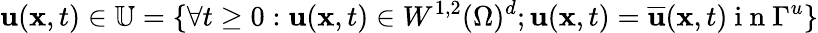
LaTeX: \mathbf{u}(\mathbf{x},t)\in\mathbb{U}=\lbrace\forall t\geq 0:\mathbf{u}(\mathbf{x},t)\in W^{1,2}(\Omega)^{d};\mathbf{u}(\mathbf{x},t)=\overline{{\mathbf{u}}}(\mathbf{x},t)\mathrm{~i~n~}\Gamma^{u}\rbrace